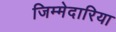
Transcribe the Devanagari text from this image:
जिम्मेदारिया